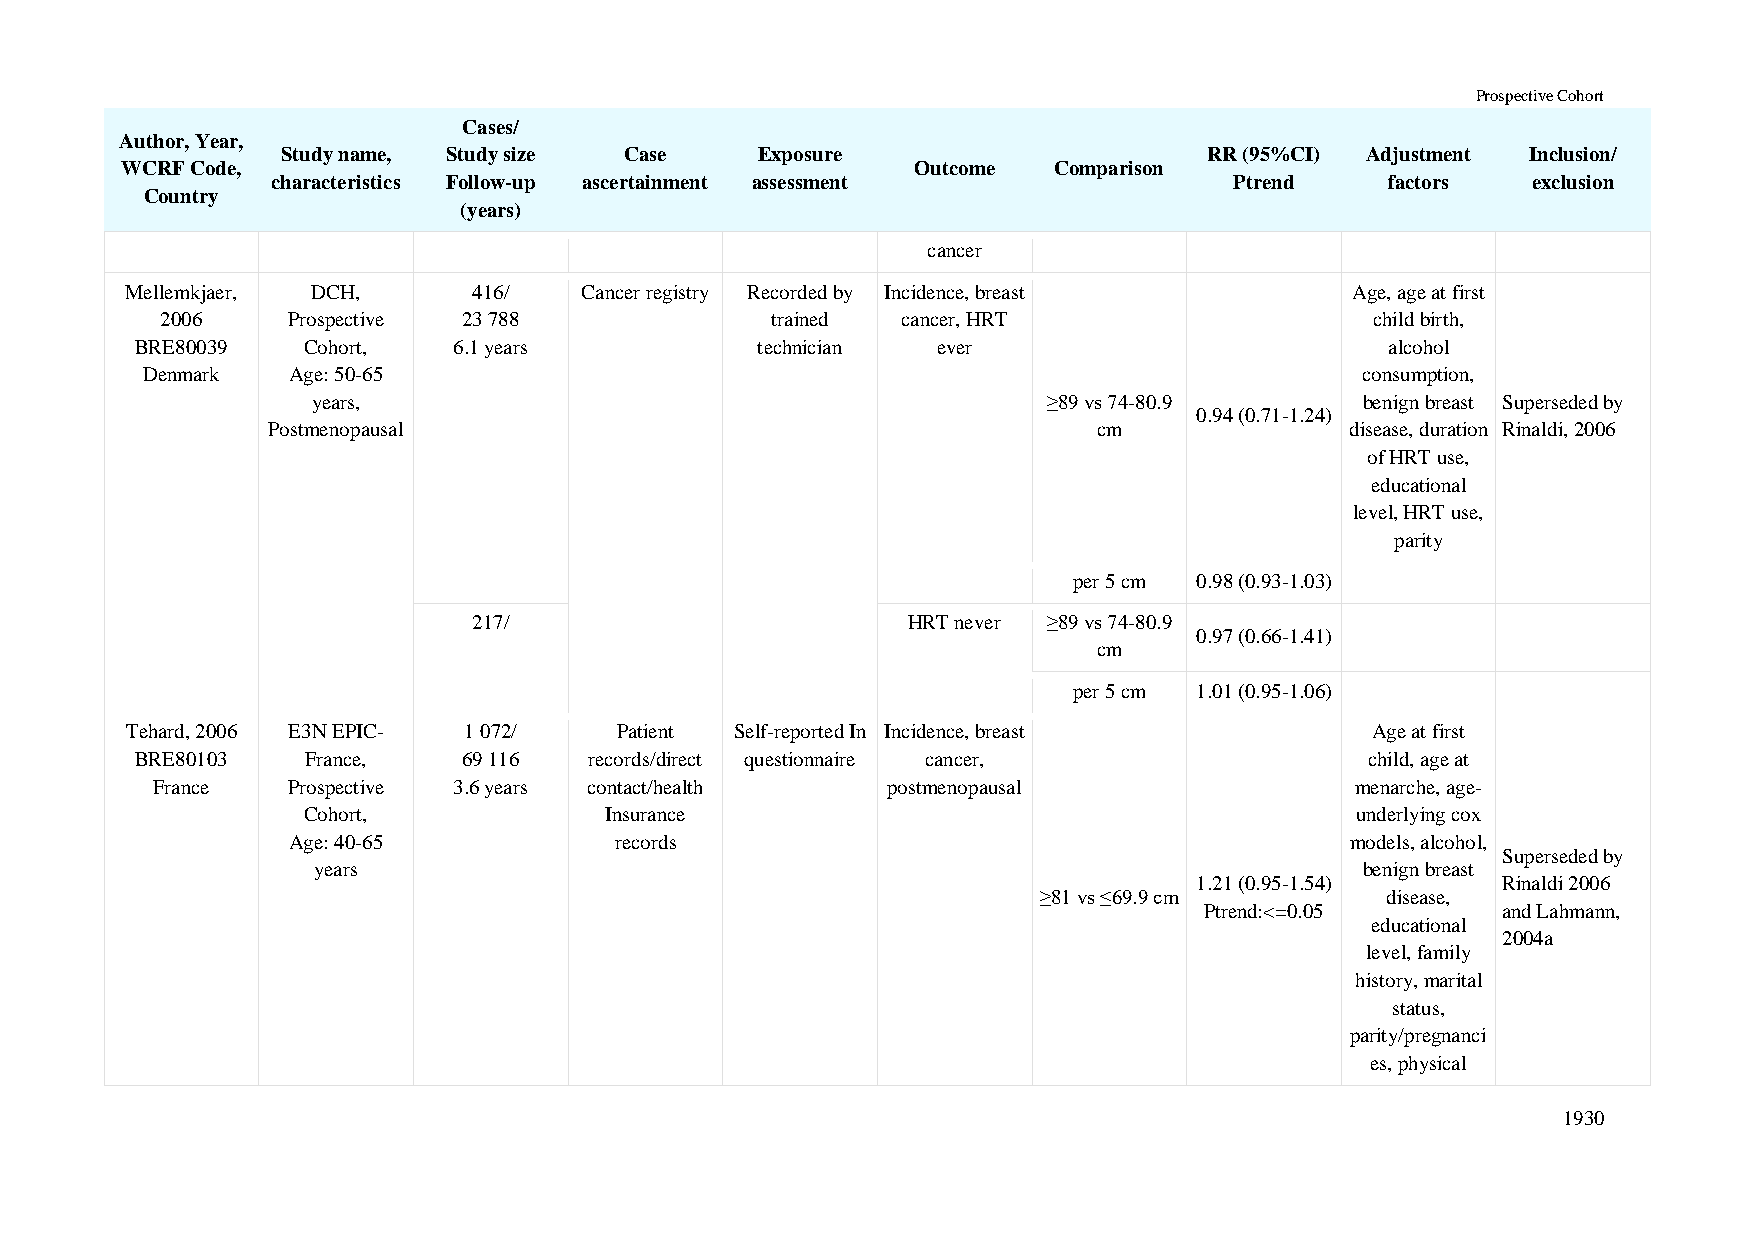
Prospective Cohort
 Cases/
 Author, Year,
 Study name, Study size Case    Exposure                      RR (95%CI) Adjustment Inclusion/
 WCRF Code,                                           Outcome  Comparison
 characteristics Follow-up ascertainment assessment              Ptrend    factors  exclusion
 Country
 (years)
 cancer
 Mellemkjaer, DCH,      416/   Cancer registry Recorded by Incidence, breast       Age, age at first
 2006    Prospective 23 788              trained  cancer, HRT                    child birth,
 BRE80039   Cohort,   6.1 years           technician  ever                          alcohol
 Denmark   Age: 50-65                                                             consumption,
 years,                                          ≥89 vs 74-80.9       benign breast Superseded by
 0.94 (0.71-1.24)
 Postmenopausal                                         cm              disease, duration Rinaldi, 2006
 of HRT use,
 educational
 level, HRT use,
 parity
 per 5 cm 0.98 (0.93-1.03)
 217/                         HRT never ≥89 vs 74-80.9
 0.97 (0.66-1.41)
 cm
 per 5 cm 1.01 (0.95-1.06)
 Tehard, 2006 E3N EPIC- 1 072/    Patient Self-reported In Incidence, breast        Age at first
 BRE80103   France,    69 116  records/direct questionnaire cancer,                child, age at
 France   Prospective 3.6 years contact/health    postmenopausal                 menarche, age-
 Cohort,             Insurance                                         underlying cox
 Age: 40-65            records                                         models, alcohol,
 Superseded by
 years                                                                benign breast
 1.21 (0.95-1.54)    Rinaldi 2006
 ≥81 vs ≤69.9 cm        disease,
 Ptrend:<=0.05      and Lahmann,
 educational
 2004a
 level, family
 history, marital
 status,
 parity/pregnanci
 es, physical
 1930